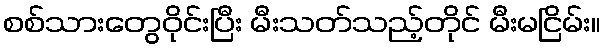
စစ်သားတွေဝိုင်းပြီး မီးသတ်သည့်တိုင် မီးမငြိမ်း။